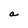
Character: a